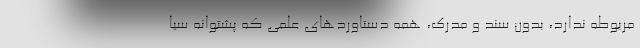
مربوطه ندارد، بدون سند و مدرک، همه دستاوردهای علمی که پشتوانه سیا